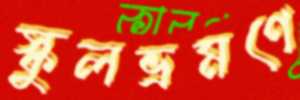
স্কুলভ্রমণে